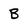
Character: B